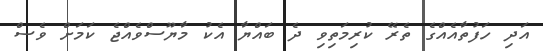
އަދި ހަފުތާއެއްގެ ތެރޭ ކުރިމަތިވި ދެ ބައްޔާ އެކު މާޔޫސްވެއްޖެ ކަމަށް ވެސް